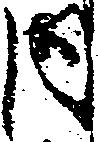
内